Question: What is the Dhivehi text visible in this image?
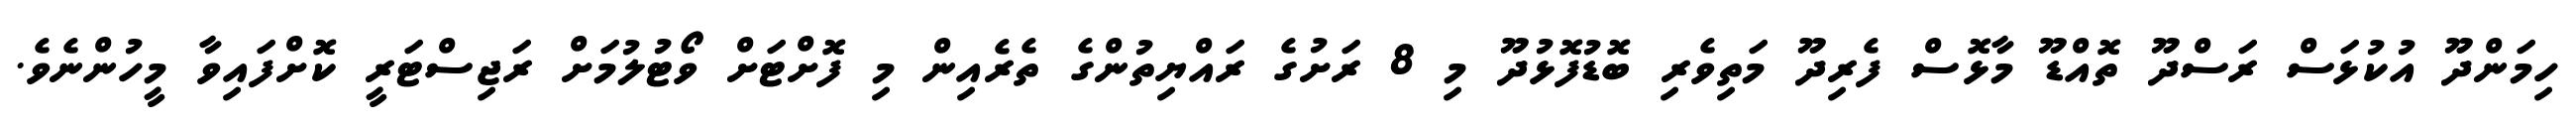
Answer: ހިމަންދޫ އުކުޅަސް ރަސްދޫ ތޮއްޑޫ މާޅޮސް ފެރިދޫ މަތިވެރި ބޮޑުފޮޅުދޫ މި 8 ރަށުގެ ރައްޔިތުންގެ ތެރެއިން މި ފޮށްޓަށް ވޯޓުލުމަށް ރަޖިސްޓަރީ ކޮށްފައިވާ މީހުންނެވެ.